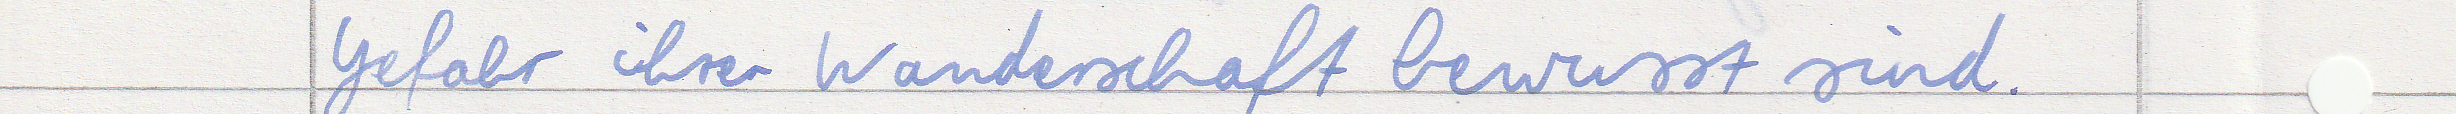
Gefahr ihrer Wanderschaft bewusst sind.